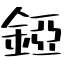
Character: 錏